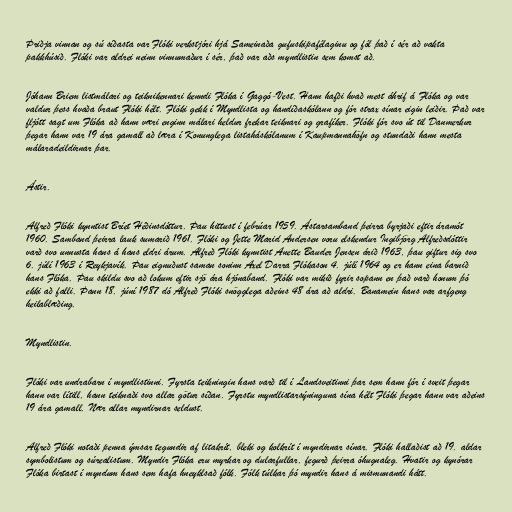
Þriðja vinnan og sú síðasta var Flóki verkstjóri hjá Sameinaða gufuskipafélaginu og fól það í sér að vakta
pakkhúsið. Flóki var aldrei neinn vinnumaður í sér, það var aðs myndlistin sem komst að.

Jóhann Briem listmálari og teiknikennari kenndi Flóka í Gaggó-Vest. Hann hafði hvað mest áhrif á Flóka og var
valdur þess hvaða braut Flóki hélt. Flóki gekk í Myndlista og handíðaskólann og fór strax sínar eigin leiðir. Það var
fljótt sagt um Flóka að hann væri enginn málari heldur frekar teiknari og grafíker. Flóki fór svo út til Danmerkur
þegar hann var 19 ára gamall að læra í Konunglega listaháskólanum í Kaupmannahöfn og stundaði hann mesta
málaradeildirnar þar.

Ástir.

Alfreð Flóki kynntist Bríet Héðinsdóttur. Þau hittust í febrúar 1959. Ástarsamband þeirra byrjaði eftir áramót
1960. Samband þeirra lauk sumarið 1961. Flóki og Jette Marid Andersen voru elskendur Ingibjörg Alfreðsdóttir
varð svo unnusta hans á hans eldri árum. Alfreð Flóki kynntist Anette Bauder Jensen árið 1963, þau giftur sig svo
6. júlí 1963 í Reykjavík. Þau eignuðust saman soninn Axel Darra Flókason 4. júlí 1964 og er hann eina barnið
hans Flóka. Þau skildu svo að lokum eftir sjö ára hjónaband. Flóki var mikið fyrir sopann en það varð honum þó
ekki að falli. Þann 18. júní 1987 dó Alfreð Flóki snögglega aðeins 48 ára að aldri. Banamein hans var arfgeng
heilablæðing.

Myndlistin.

Flóki var undrabarn í myndlistinni. Fyrsta teikningin hans varð til í Landsveitinni þar sem hann fór í sveit þegar
hann var lítill, hann teiknaði svo allar götur síðan. Fyrstu myndlistarsýninguna sína hélt Flóki þegar hann var aðeins
19 ára gamall. Nær allar myndirnar seldust.

Alfreð Flóki notaði penna ýmsar tegundir af litakrít, bleki og kolkrít í myndirnar sínar. Flóki hallaðist að 19. aldar
symbolistum og súrealistum. Myndir Flóka eru myrkar og dularfullar, fegurð þeirra óhugnaleg. Hvatir og kynórar
Flóka birtast í myndum hans sem hafa hneyklsað fólk. Fólk túlkar þó myndir hans á mismunandi hátt.